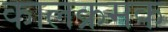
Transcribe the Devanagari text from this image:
कालक्रमक